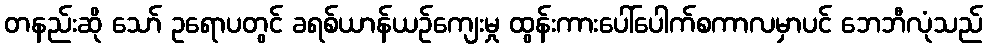
တနည်းဆို သော် ဥရောပတွင် ခရစ်ယာန်ယဉ်ကျေးမှု ထွန်းကားပေါ်ပေါက်စကာလမှာပင် ဘေဘီလုံသည်